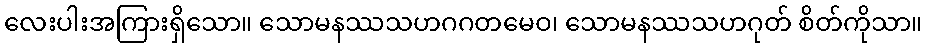
လေးပါးအကြားရှိသော။ သောမနဿသဟဂဂတမေဝ၊ သောမနဿသဟဂုတ် စိတ်ကိုသာ။